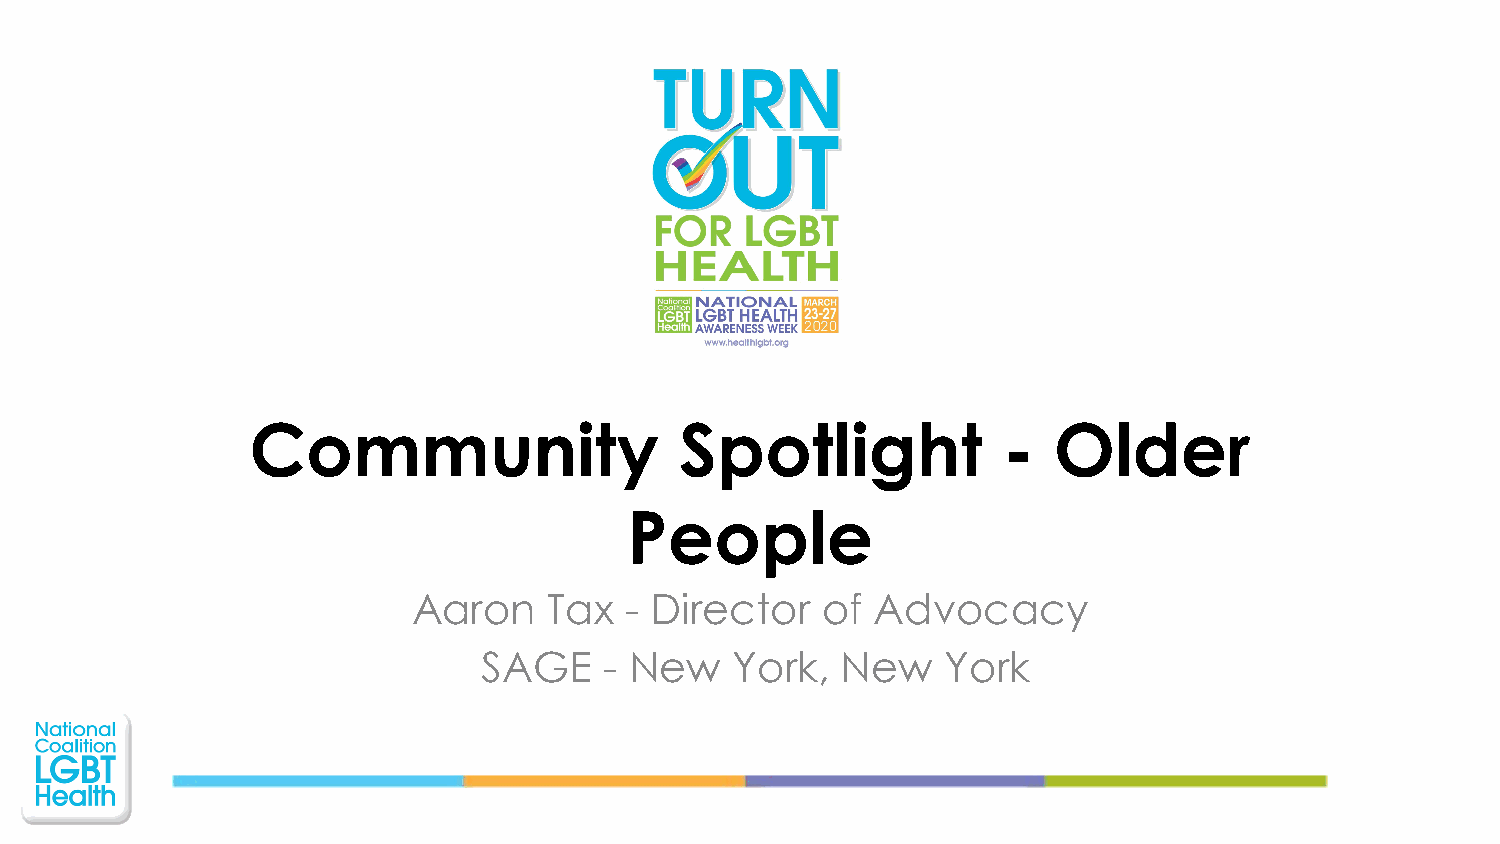
Community                   Spotlight            -   Older
 People
 Aaron    Tax  - Director   of  Advocacy
 SAGE    - New   York,   New    York